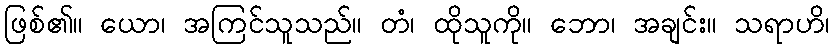
ဖြစ်၏။ ယော၊ အကြင်သူသည်။ တံ၊ ထိုသူကို။ ဘော၊ အချင်း။ သရာဟိ၊